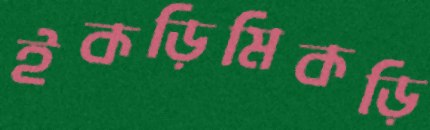
ইকড়িমিকড়ি